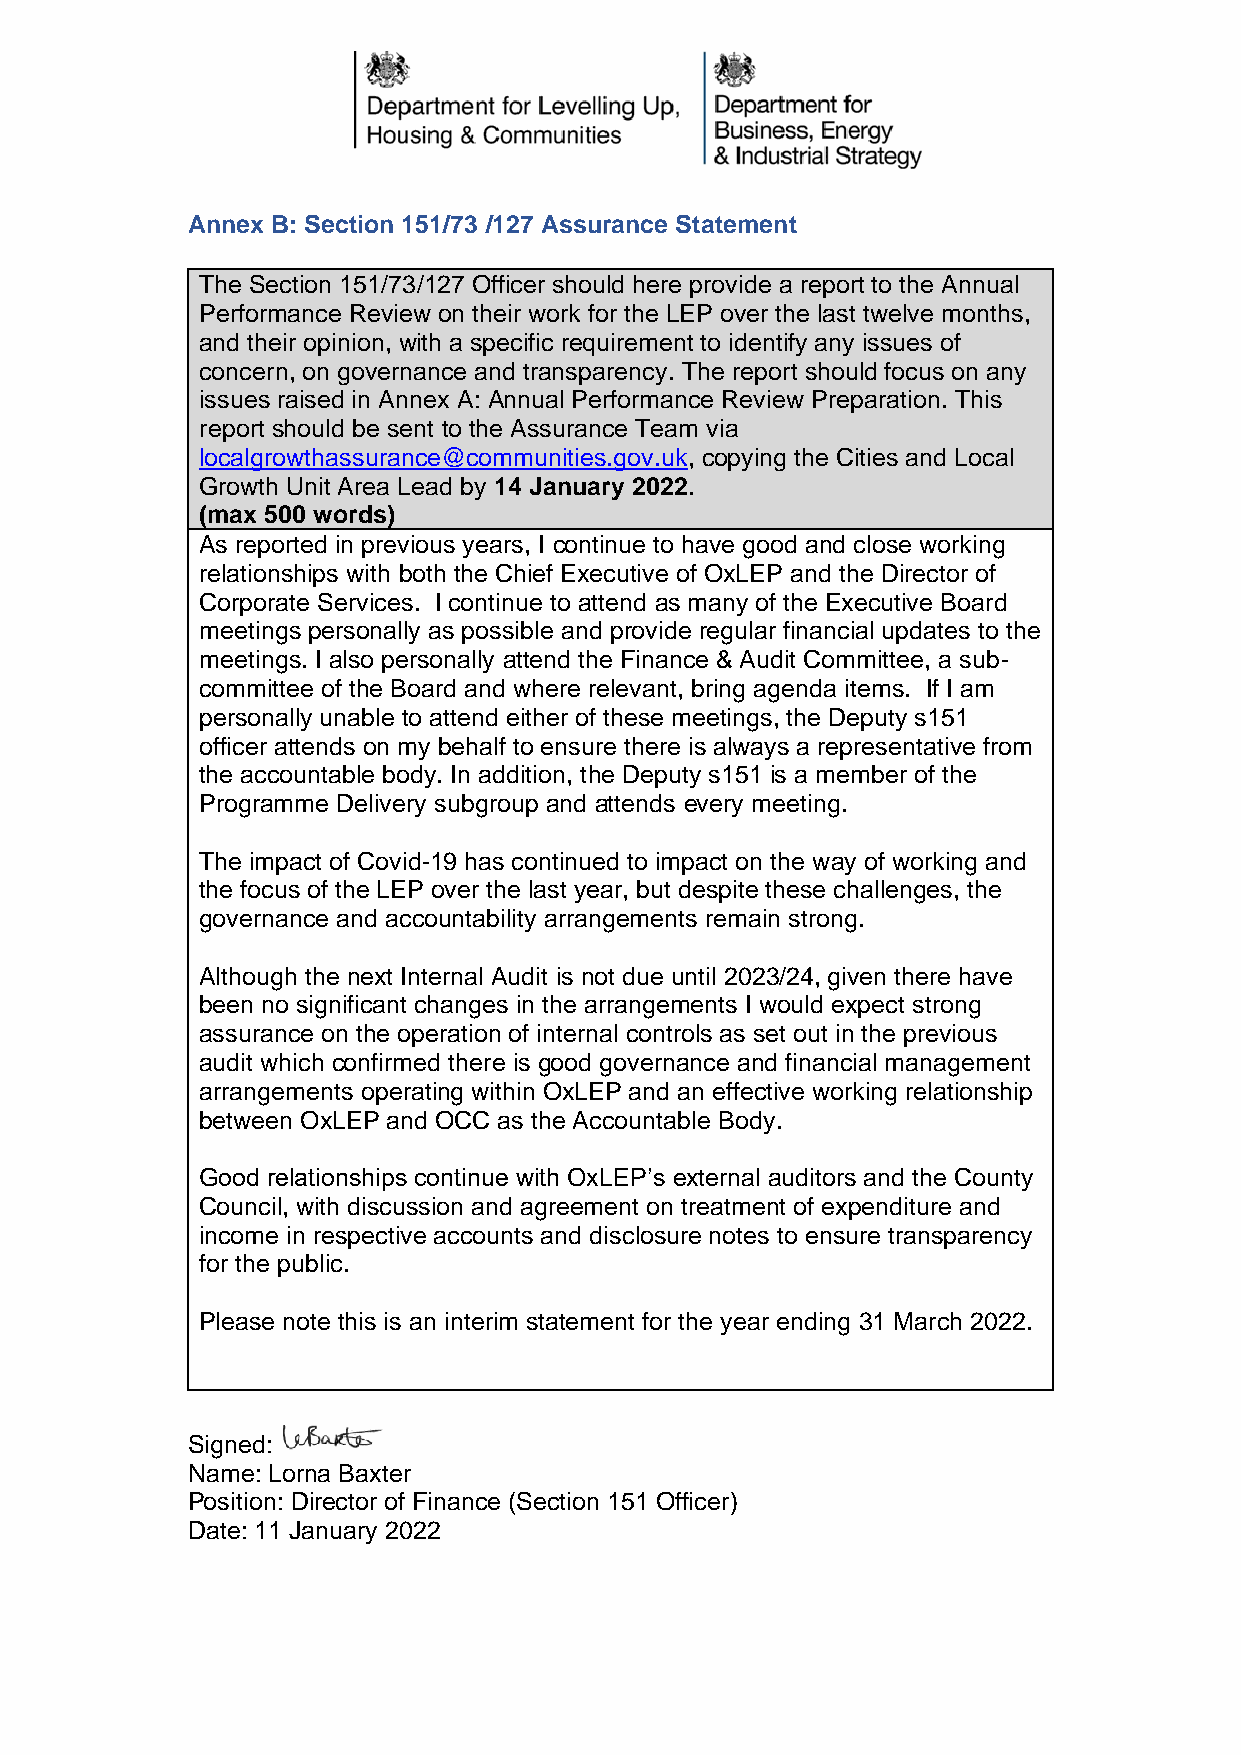
Annex B: Section 151/73 /127 Assurance Statement
 The Section 151/73/127 Officer should here provide a report to the Annual
 Performance Review on their work for the LEP over the last twelve months,
 and their opinion, with a specific requirement to identify any issues of
 concern, on governance and transparency. The report should focus on any
 issues raised in Annex A: Annual Performance Review Preparation. This
 report should be sent to the Assurance Team via
 localgrowthassurance@communities.gov.uk, copying the Cities and Local
 Growth Unit Area Lead by 14 January 2022.
 (max 500 words)
 As reported in previous years, I continue to have good and close working
 relationships with both the Chief Executive of OxLEP and the Director of
 Corporate Services. I continue to attend as many of the Executive Board
 meetings personally as possible and provide regular financial updates to the
 meetings. I also personally attend the Finance & Audit Committee, a sub-
 committee of the Board and where relevant, bring agenda items. If I am
 personally unable to attend either of these meetings, the Deputy s151
 officer attends on my behalf to ensure there is always a representative from
 the accountable body. In addition, the Deputy s151 is a member of the
 Programme Delivery subgroup and attends every meeting.
 The impact of Covid-19 has continued to impact on the way of working and
 the focus of the LEP over the last year, but despite these challenges, the
 governance and accountability arrangements remain strong.
 Although the next Internal Audit is not due until 2023/24, given there have
 been no significant changes in the arrangements I would expect strong
 assurance on the operation of internal controls as set out in the previous
 audit which confirmed there is good governance and financial management
 arrangements operating within OxLEP and an effective working relationship
 between OxLEP and OCC as the Accountable Body.
 Good relationships continue with OxLEP’s external auditors and the County
 Council, with discussion and agreement on treatment of expenditure and
 income in respective accounts and disclosure notes to ensure transparency
 for the public.
 Please note this is an interim statement for the year ending 31 March 2022.
 Signed:
 Name: Lorna Baxter
 Position: Director of Finance (Section 151 Officer)
 Date: 11 January 2022